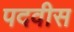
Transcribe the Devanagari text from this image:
पदवीस